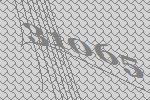
31065